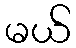
မယ်